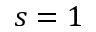
s = 1